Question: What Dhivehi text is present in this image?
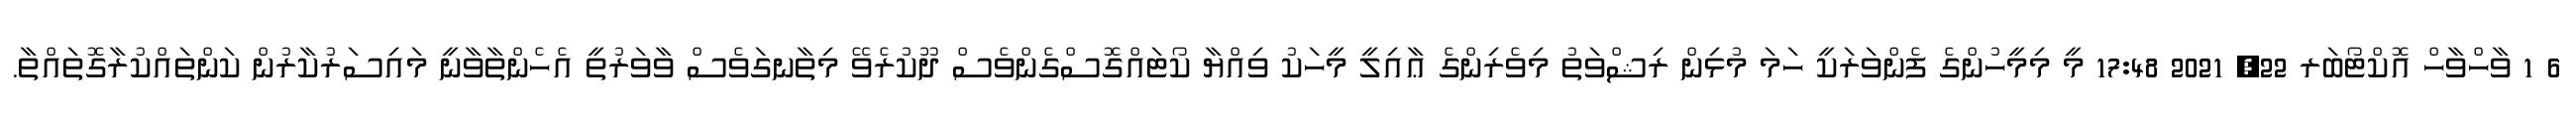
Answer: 6 1 ވާހްވާހް އޮކްޓޯބަރ 22, 2021 17:48 މީ މިމީހުންގެ ފެންވަރަކީ ހަމަ މުޅިން ރިޝްވަތު މިވެރިންގެ ޢާއިލީ މީހަކު ވިއްޔާ ކޯޓައްގޮސްގެންވެސް ދޫކުރެވޭ މިތާނގަވެސް ވާވަރުތީ އެހެންތާވާނީ މައިސަރުކާރުން ކަންތައްކުރާގޮތައްތާ.